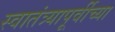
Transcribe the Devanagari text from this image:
स्वातंत्र्यापूर्वीच्या